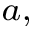
^ { a , }